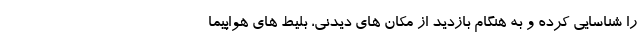
را شناسایی کرده و به هنگام بازدید از مکان های دیدنی، بلیط های هواپیما